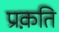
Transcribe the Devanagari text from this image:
प्रक़ति